Vaccination report Assam 1874-1896 - 1874-1896
Year: 1874
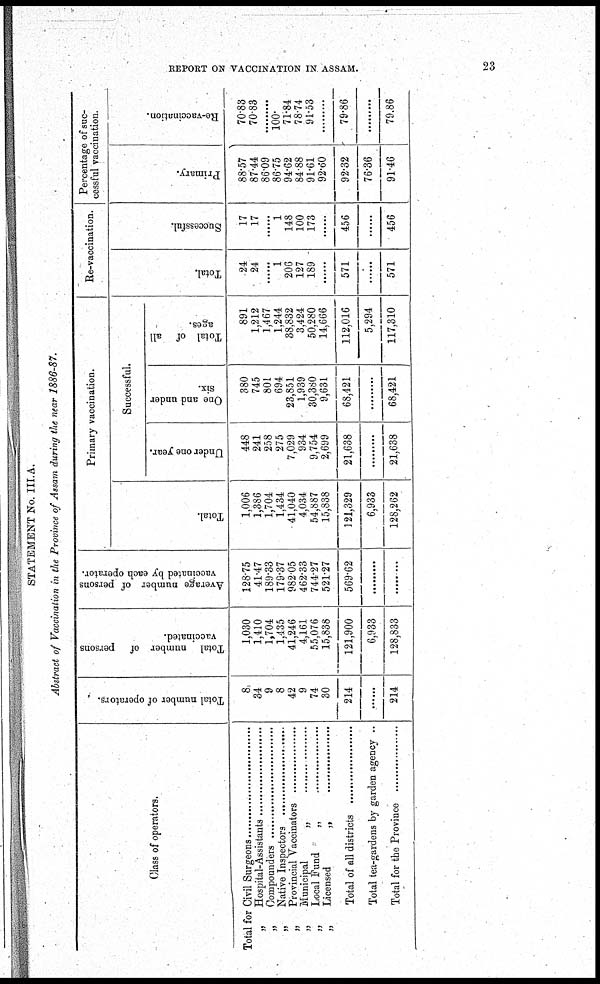
REPORT ON VACCINATION IN ASSAM.
23
STATEMENT No. III.A.
Abstract of Vaccination in the Province of Assam during the near 1886-87.
Class of operators.
Total for Civil Surgeons ...............
„ Hospital-Assistants ...................
„ Compounders ......................
„ Native Inspectors ....................
„ Provincial Vaccinators .............
„ Municipal „ ...............
„ Local Fund „ .................
„ Licensed „ ..............
Total of all districts .................
Total tea-gardens by garden agency ..
Total for the Province .............
Total number of operators.
8
34
9
8
42
9
74
30
214
......
214
Total number of persons
vaccinated.
1,030
1,410
1,704
1,435
41,246
4,161
55,076
15,838
121,900
6,933
128,833
Average number of persons
vaccinated by each operator.
128.75
41.47
189.33
179.37
982.05
462.33
744.27
521.27
569.62
.........
.........
Primary vaccination.
Total.
1,006
1,386
1,704
1,434
41,040
4,034
54,887
15,838
121,329
6,933
128,262
Successful.
Under one year.
448
241
258
275
7,029
934
9,754
2,699
21,638
.........
21,638
One and under
six.
380
745
801
694
23,851
1,939
30,380
9,631
68,421
.........
68,421
Total of all
ages.
891
1,212
1,467
1,244
38,832
3,424
50,280
14,666
112,016
5,294
117,310
Re-vaccination.
Total.
24
24
......
1
206
127
189
......
571
......
571
Successful.
17
17
......
1
148
100
173
......
456
......
456
Percentage of suc-
cessful vaccination.
Primary.
88.57
87.44
86.09
86.75
94.62
84.88
91.61
92.60
92.32
76.36
91.46
Re-vaccination.
70.83
70.83
.........
100.
71.84
78.74
91.53
.........
79.86
.........
79.86